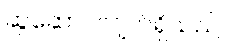
ဆွဲဆောင်လျက်ရှိသည်